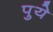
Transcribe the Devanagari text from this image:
पुये